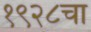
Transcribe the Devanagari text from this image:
१९२८चा